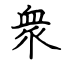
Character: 衆